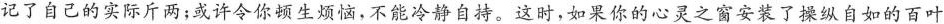
记了自己的实际斤两；或许令你顿生烦恼，不能冷静自持。这时，如果你的心灵之窗安装了操纵自如的百叶